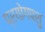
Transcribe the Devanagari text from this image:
प्रयोगपशु